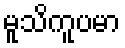
မူသိကူပမာ